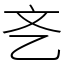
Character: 㐎